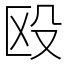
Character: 殴